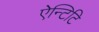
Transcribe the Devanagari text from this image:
ऐन्टिटि